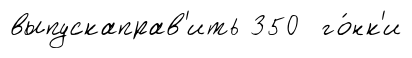
выпускаправ'ить 350 го́нк'и